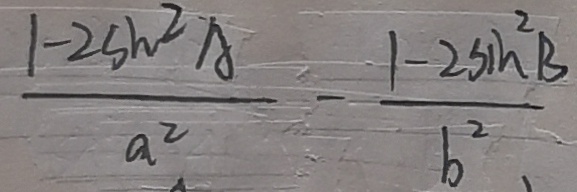
\frac { 1 - 2 s h ^ { 2 } A } { a ^ { 2 } } - \frac { 1 - 2 s i h ^ { 2 } B } { b ^ { 2 } }